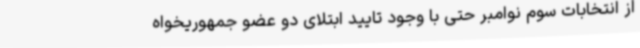
از انتخابات سوم نوامبر حتی با وجود تایید ابتلای دو عضو جمهوریخواه